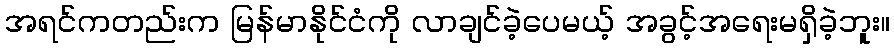
အရင်ကတည်းက မြန်မာနိုင်ငံကို လာချင်ခဲ့ပေမယ့် အခွင့်အရေးမရှိခဲ့ဘူး။